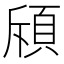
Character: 𫖞